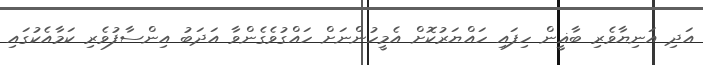
އަދި އަނިޔާވެރި ބާޣީން ހިފައި ހައްޔަރުކޮށް އެމީހުންނަށް ހައްގުވެގެންވާ އަދަބު އިންސާފުވެރި ކަމާއެކުގައި